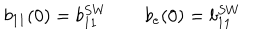
b _ { 1 1 } ( 0 ) = b _ { 1 1 } ^ { S W } \qquad b _ { e } ( 0 ) = b _ { 1 1 } ^ { S W }